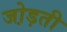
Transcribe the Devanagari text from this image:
जो़ड़ती